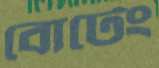
বোটেং